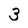
Character: 3